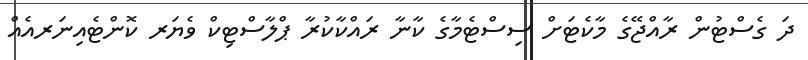
ދަ ގެސްޓުން ރާއްޖޭގެ މާކެޓަށް ސިސްޓެމާގެ ކާނާ ރައްކާކުރާ ޕްލާސްޓިކް ވެޔަރ ކޮންޓެއިނަރއެއް